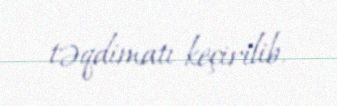
təqdimatı keçirilib.